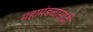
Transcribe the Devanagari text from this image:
महामंडळासाठी